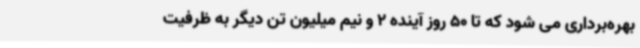
بهره‌برداری می شود که تا 50 روز آینده 2 و نیم میلیون تن دیگر به ظرفیت